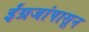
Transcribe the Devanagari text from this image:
ईंग्रजांपासून